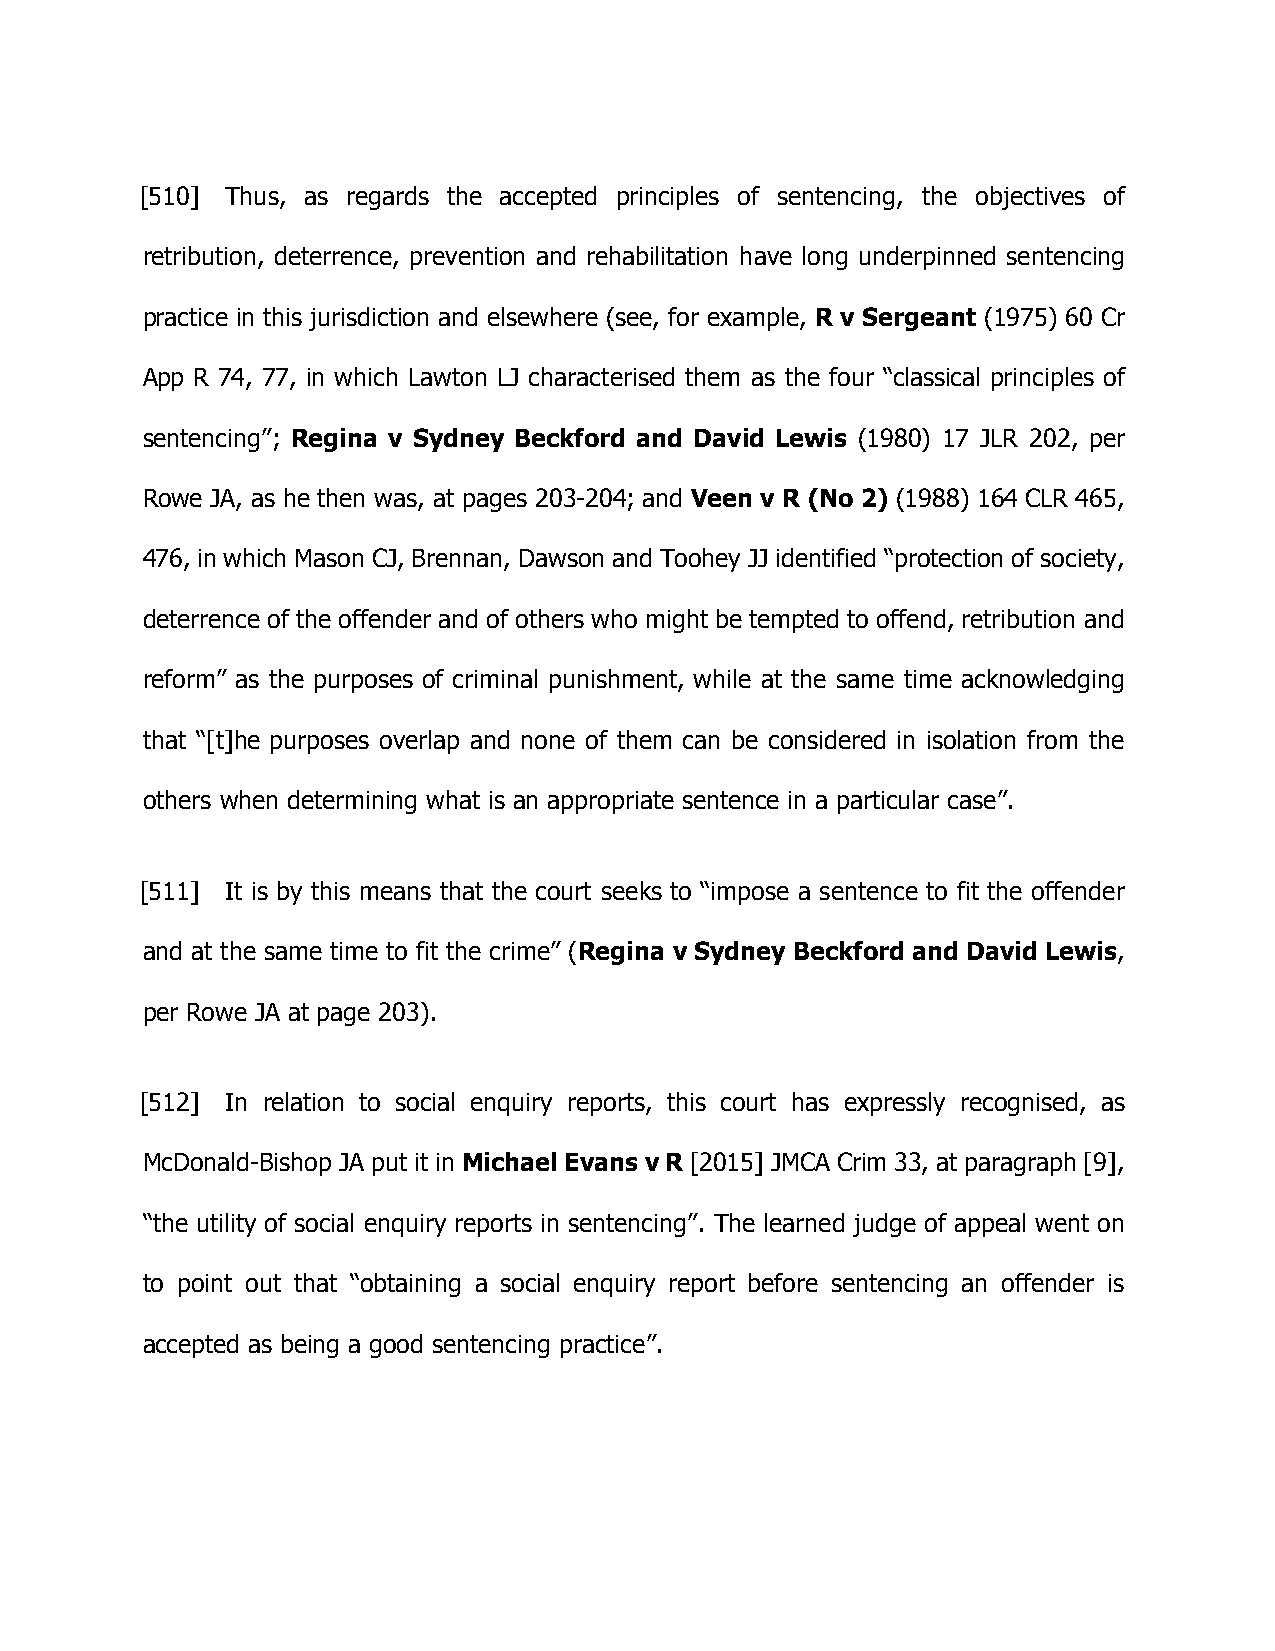
[510] Thus, as regards the accepted principles of sentencing, the objectives of
 retribution, deterrence, prevention and rehabilitation have long underpinned sentencing
 practice in this jurisdiction and elsewhere (see, for example, R v Sergeant (1975) 60 Cr
 App R 74, 77, in which Lawton LJ characterised them as the four “classical principles of
 sentencing”; Regina v Sydney Beckford and David Lewis (1980) 17 JLR 202, per
 Rowe JA, as he then was, at pages 203-204; and Veen v R (No 2) (1988) 164 CLR 465,
 476, in which Mason CJ, Brennan, Dawson and Toohey JJ identified “protection of society,
 deterrence of the offender and of others who might be tempted to offend, retribution and
 reform” as the purposes of criminal punishment, while at the same time acknowledging
 that “[t]he purposes overlap and none of them can be considered in isolation from the
 others when determining what is an appropriate sentence in a particular case”.
 [511] It is by this means that the court seeks to “impose a sentence to fit the offender
 and at the same time to fit the crime” (Regina v Sydney Beckford and David Lewis,
 per Rowe JA at page 203).
 [512] In relation to social enquiry reports, this court has expressly recognised, as
 McDonald-Bishop JA put it in Michael Evans v R [2015] JMCA Crim 33, at paragraph [9],
 “the utility of social enquiry reports in sentencing”. The learned judge of appeal went on
 to point out that “obtaining a social enquiry report before sentencing an offender is
 accepted as being a good sentencing practice”.